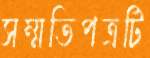
সম্মতিপত্রটি